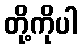
တို့ကိုပါ